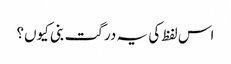
اس لفظ کی یہ درگت بنی کیوں؟